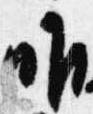
唯